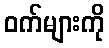
ဝက်များကို